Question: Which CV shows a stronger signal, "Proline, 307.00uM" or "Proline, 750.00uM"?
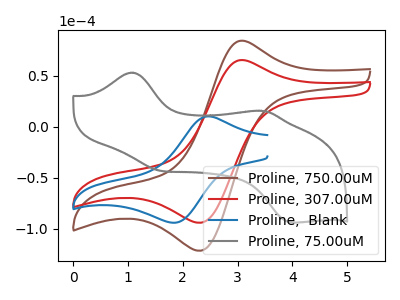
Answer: <think>The brown curve "Proline, 750.00uM" has an anodic peak at (3.15V, 83.80uA) and a cathodic peak at (2.35V, -121.60uA). The red curve "Proline, 307.00uM" has an anodic peak at (3.15V, 64.90uA) and a cathodic peak at (2.35V, -94.20uA). The blue curve "Proline,  Blank" has an anodic peak at (2.45V, 10.05uA) and a cathodic peak at (1.85V, -94.20uA). The gray curve "Proline, 75.00uM" has anodic peaks at (1.05V, 52.85uA) (3.45V, 15.30uA) and cathodic peaks at (1.60V, -43.40uA) (4.00V, -94.00uA).
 All the peaks in "Proline, 307.00uM" have a peak in "Proline, 750.00uM" at the same potential. Every peak in "Proline, 307.00uM" is lower than every peak in "Proline, 750.00uM".</think>
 <answer>"Proline, 307.00uM" has less signal than "Proline, 750.00uM".</answer>
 <eval>less_signal</eval>